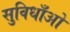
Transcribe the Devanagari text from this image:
सुविधाँओ